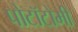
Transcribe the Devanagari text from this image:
पोटॉटोमी